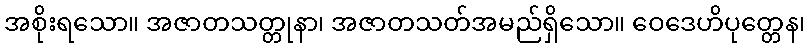
အစိုးရသော။ အဇာတသတ္တုနာ၊ အဇာတသတ်အမည်ရှိသော။ ဝေဒေဟိပုတ္တေန၊